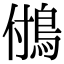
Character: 𩿧